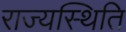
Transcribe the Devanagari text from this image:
राज्यस्थिति